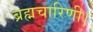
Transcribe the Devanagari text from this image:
ब्रह्मचारिणी।